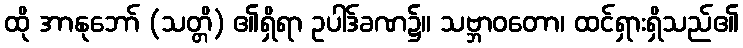
ထို အာနုဘော် (သတ္တိ) ၏ရှိရာ ဥပါဒ်ခဏ၌။ သဗ္ဘာဝတော၊ ထင်ရှားရှိသည်၏